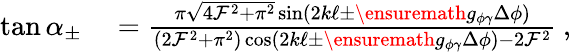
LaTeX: \begin{array}{rl}{\tan\alpha_{\pm}}&{{}=\frac{\pi\sqrt{4\mathcal{F}^{2}+\pi^{2}}\sin(2k\ell\pm\ensuremath{g_{\phi\gamma}}\Delta\phi)}{(2\mathcal{F}^{2}+\pi^{2})\cos(2k\ell\pm\ensuremath{g_{\phi\gamma}}\Delta\phi)-2\mathcal{F}^{2}}\: ,}\end{array}